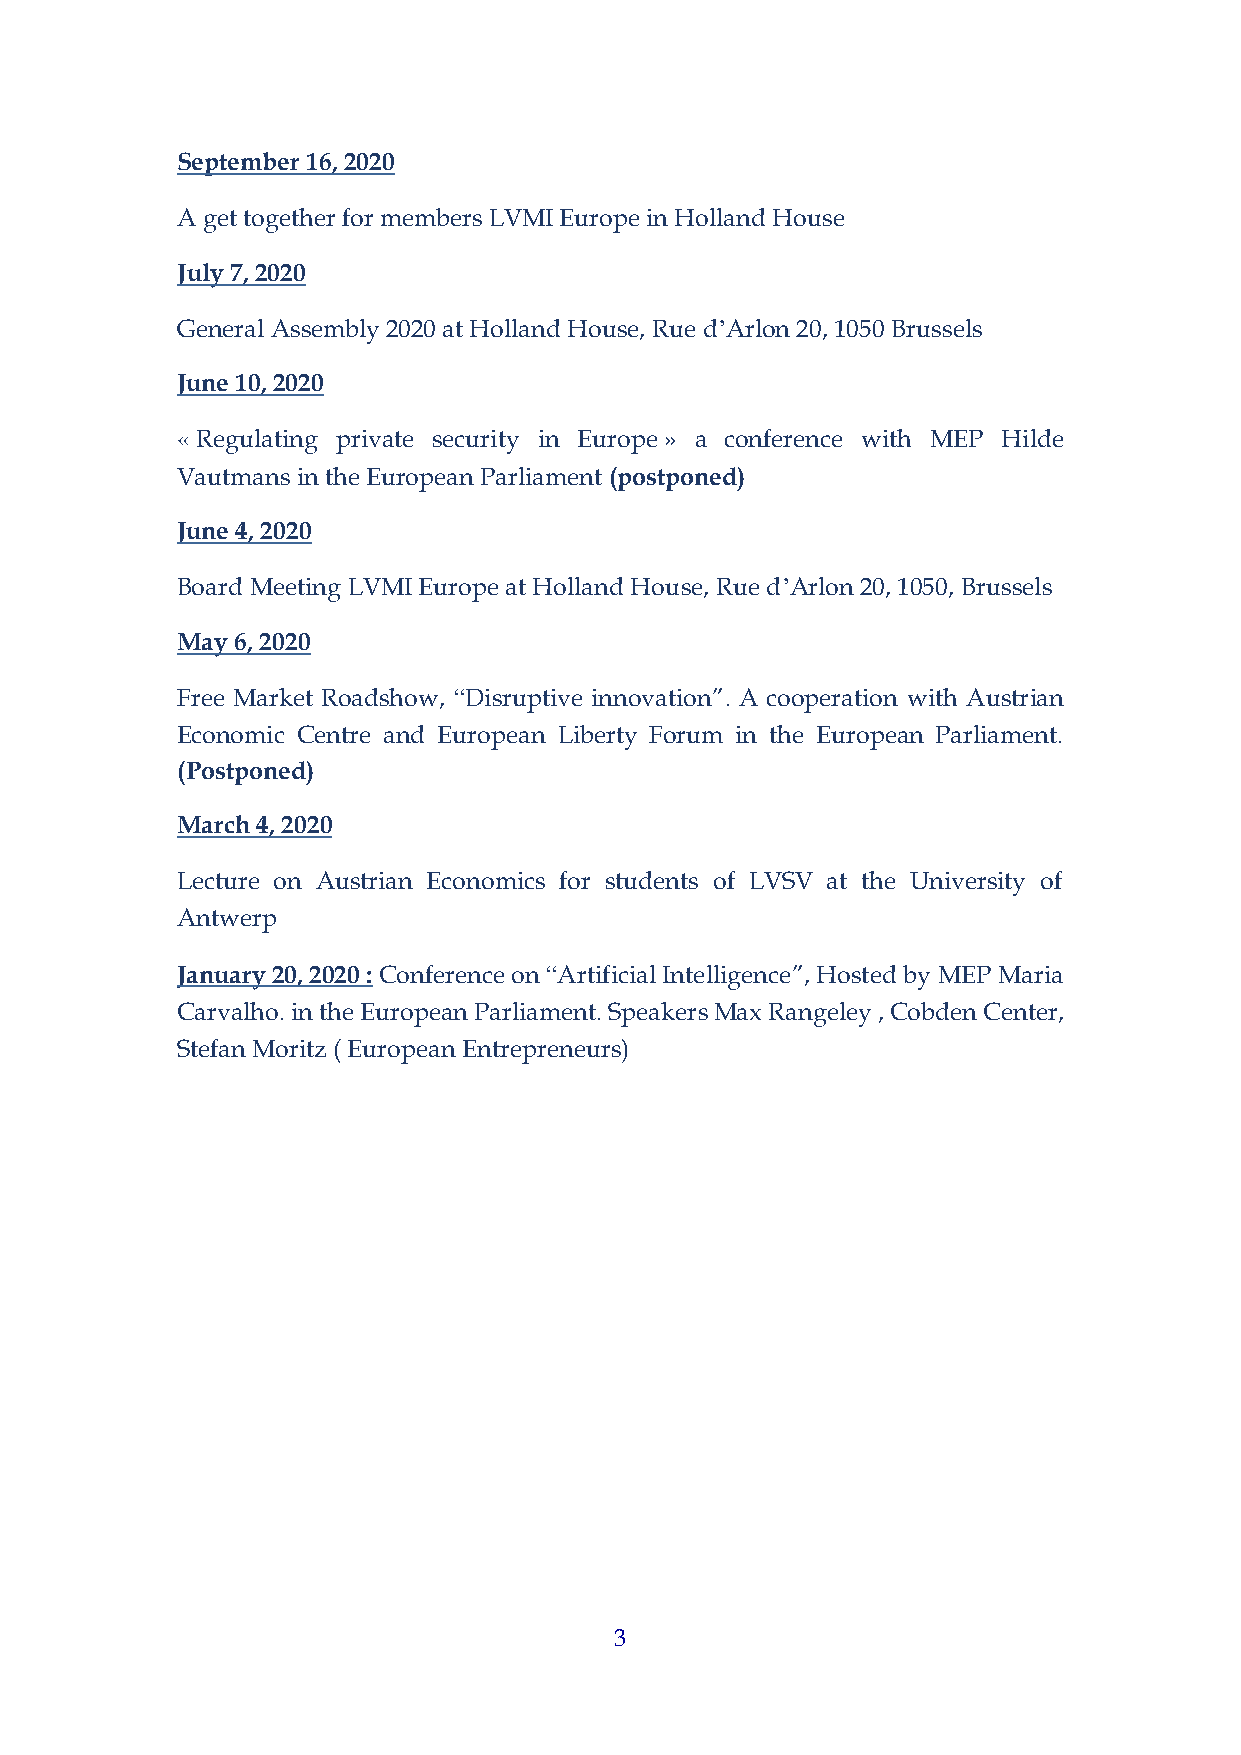
September 16, 2020
 A get together for members LVMI Europe in Holland House
 July 7, 2020
 General Assembly 2020 at Holland House, Rue d’Arlon 20, 1050 Brussels
 June 10, 2020
 « Regulating private security in Europe » a conference with MEP Hilde
 Vautmans in the European Parliament (postponed)
 June 4, 2020
 Board Meeting LVMI Europe at Holland House, Rue d’Arlon 20, 1050, Brussels
 May 6, 2020
 Free Market Roadshow, “Disruptive innovation”. A cooperation with Austrian
 Economic Centre and European Liberty Forum in the European Parliament.
 (Postponed)
 March 4, 2020
 Lecture on Austrian Economics for students of LVSV at the University of
 Antwerp
 January 20, 2020 : Conference on “Artificial Intelligence”, Hosted by MEP Maria
 Carvalho. in the European Parliament. Speakers Max Rangeley , Cobden Center,
 Stefan Moritz ( European Entrepreneurs)
 3